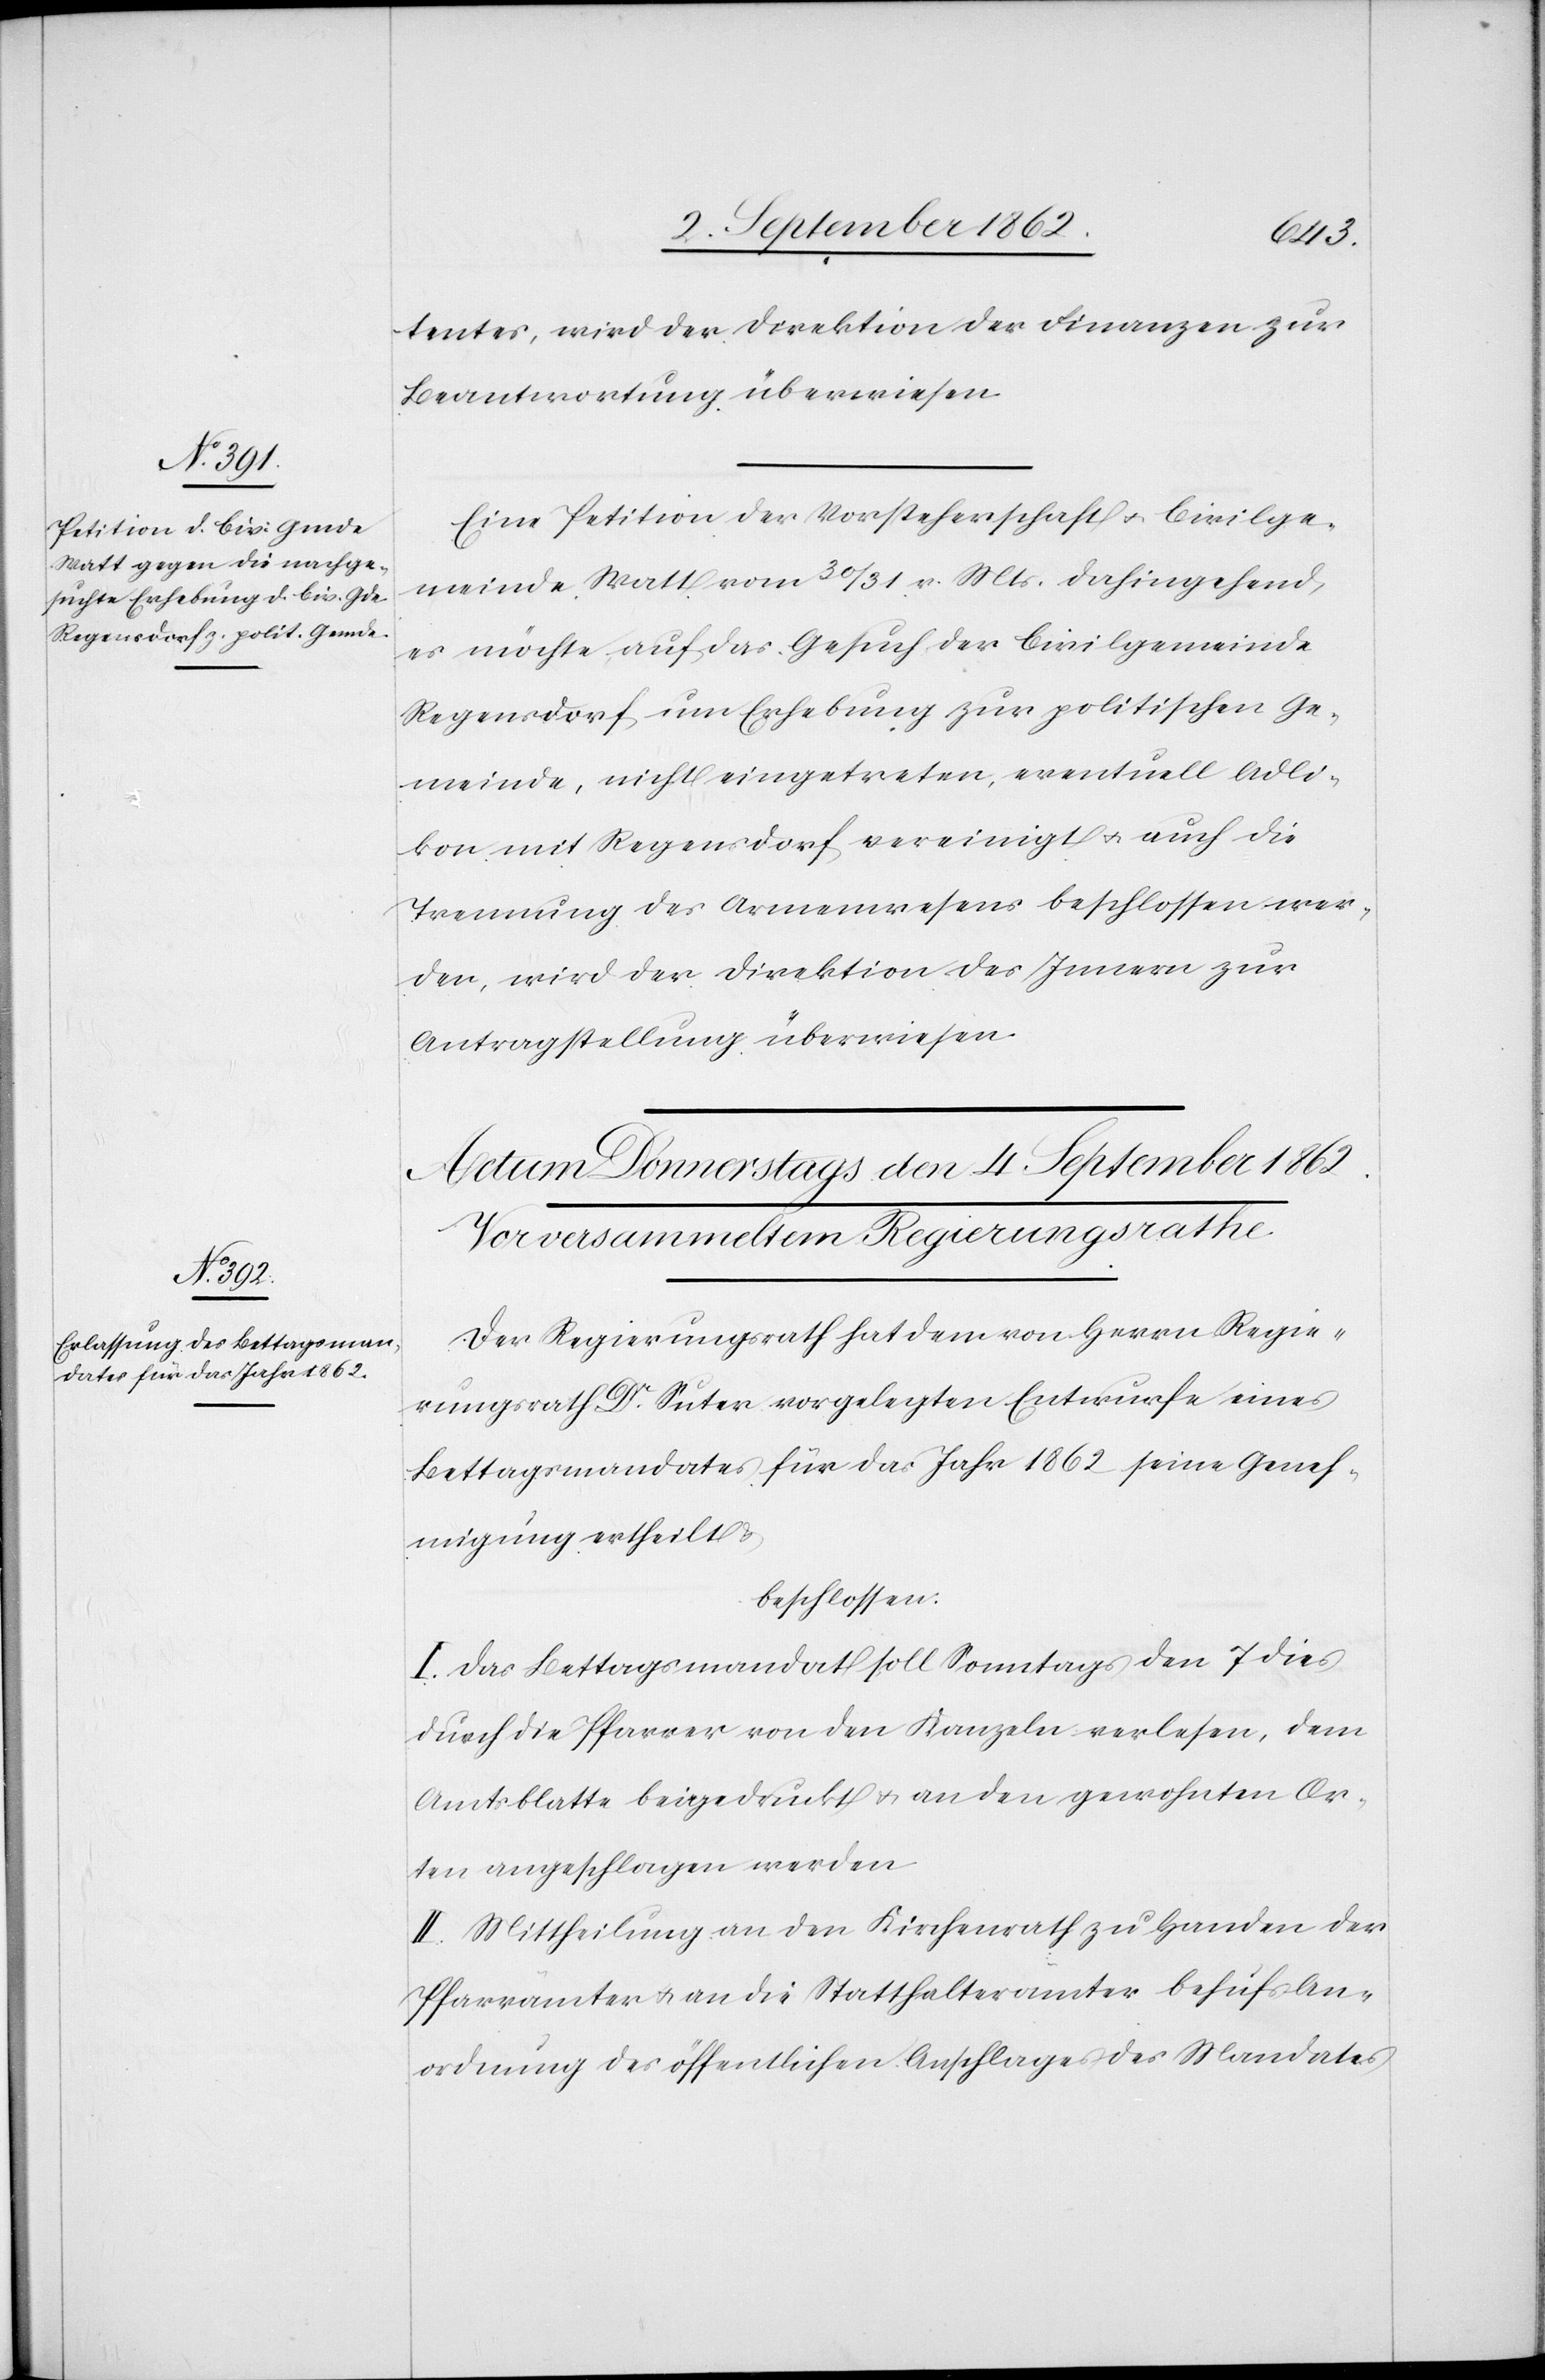
3t September 1862.]
tentes, wird der Direktion der Finanzen zur
Beantwortung überwiesen.
Eine Petition der Vorsteherschaft u. Civilge¬
meinde Watt vom 30/31. v. Mts. dahingehend,
es möchte auf das Gesuch der Civilgemeinde
Regensdorf um Erhebung zur politischen Ge¬
meinde, nicht eingetreten, eventuell Adli¬
kon mit Regensdorf vereinigt u. auch die
Trennung des Armenwesens beschlossen wer¬
den, wird der Direktion des Innern zur
Antragstellung überwiesen.
Der Regierungsrath hat dem von Herrn Regie¬
rungsrath Dr. Suter vorgelegten Entwurfe eines
Bettagsmandates für das Jahr 1862 seine Geneh¬
migung ertheilt u.
beschlossen:
I. Das Bettagsmandat soll Sonntags den 7. dies
durch die Pfarrer von den Kanzeln verlesen, dem
Amtsblatte beigedruckt u. an den gewohnten Or¬
ten angeschlagen werden.
II. Mittheilung an den Kirchenrath zu Handen der
Pfarrämter u. an die Statthalterämter behufs An¬
ordnung des öffentlichen Anschlages des Mandates